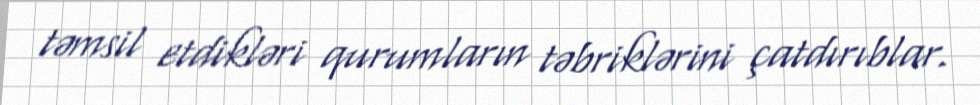
təmsil etdikləri qurumların təbriklərini çatdırıblar.